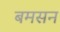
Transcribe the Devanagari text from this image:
बमसन